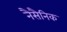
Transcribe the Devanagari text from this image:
नैसैनिक